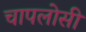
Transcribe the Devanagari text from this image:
चापलोसी